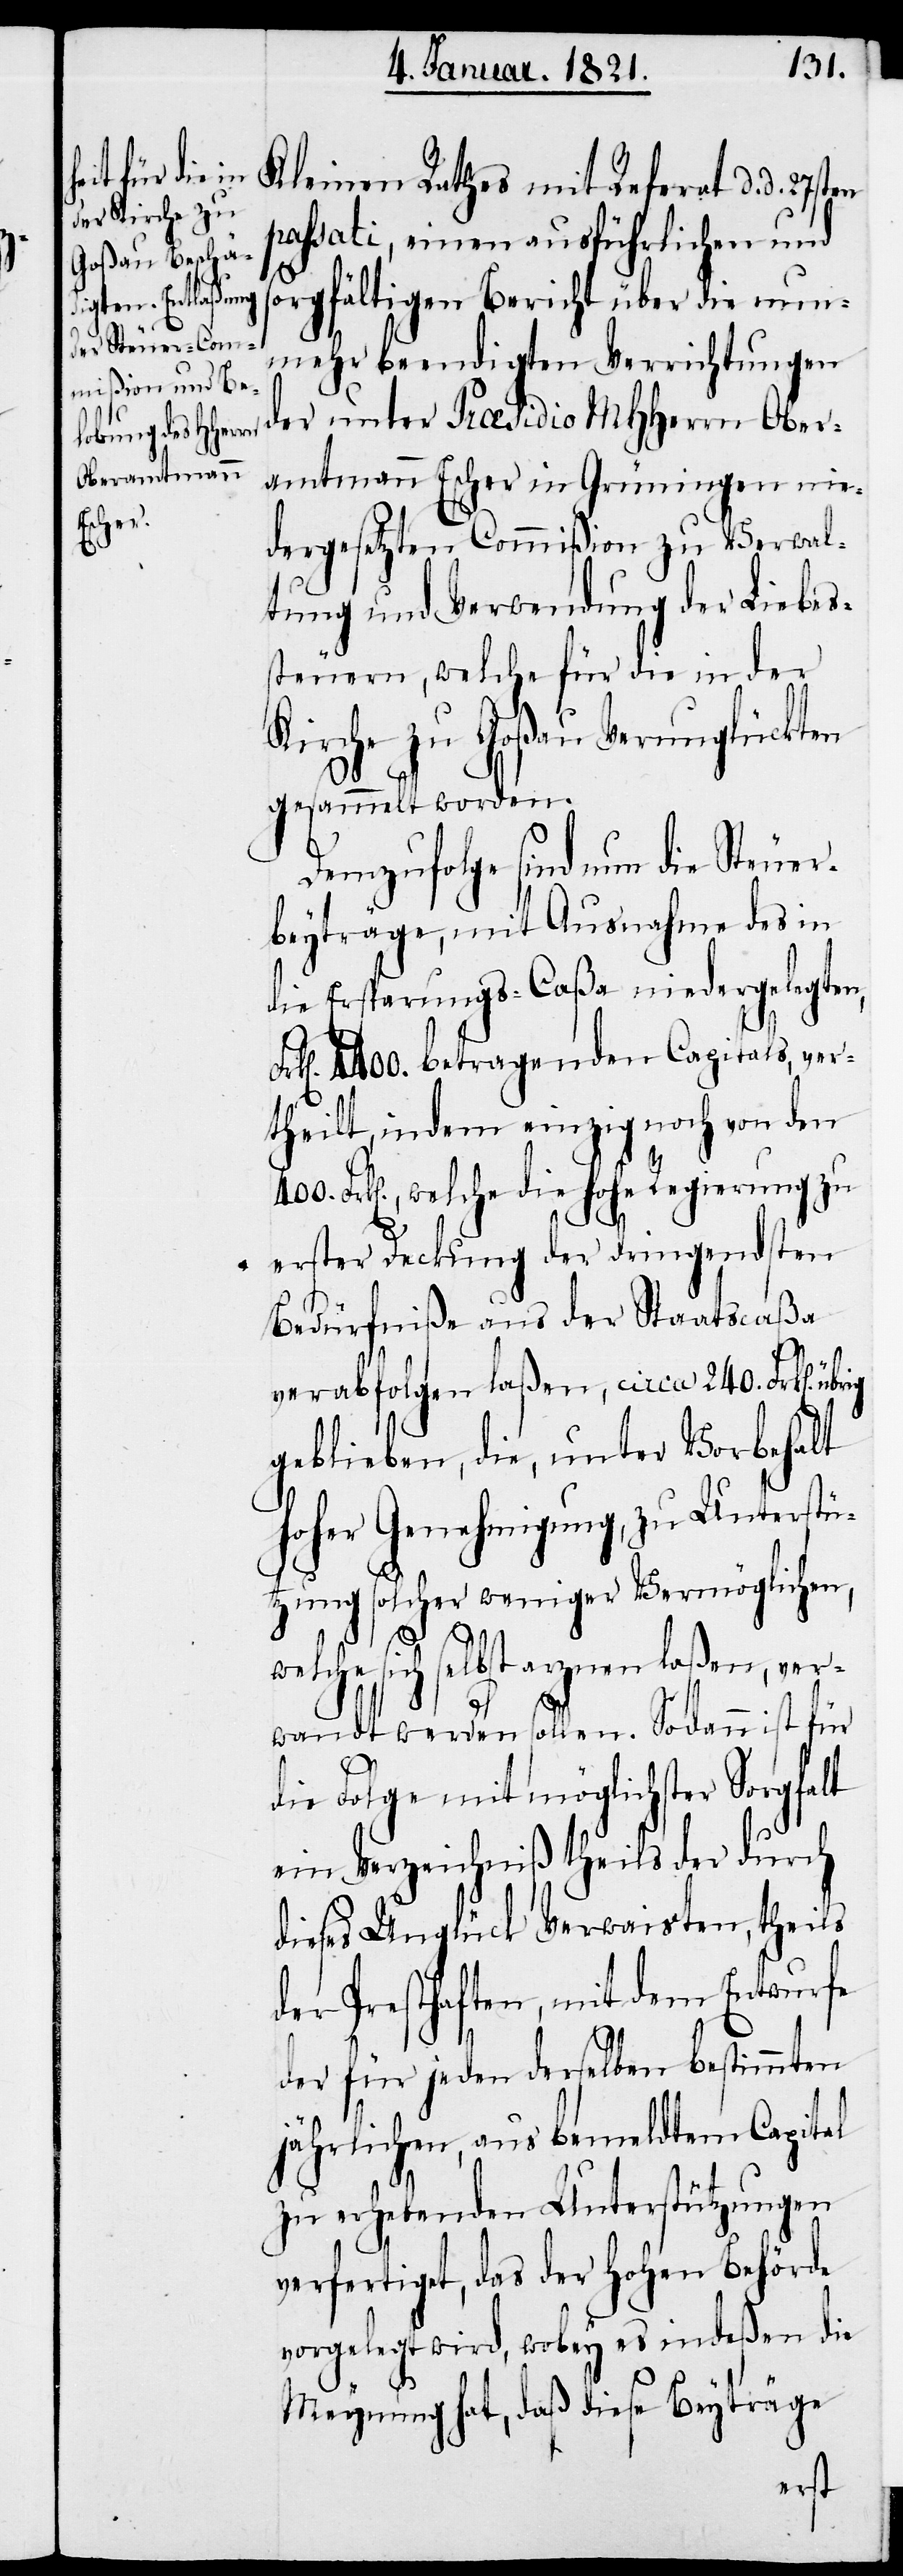
Kleinen Rathes mit Referat d. d. 27sten
passati, einen ausführlichen und
sorgfältigen Bericht über die nun¬
mehr beendigten Verrichtungen
der unter Præsidio MHHerrn Ober¬
amtmann Escher in Grüningen nie¬
dergesetzten Commißion zu Verwal¬
tung und Verwendung der Liebes¬
steuern, welche für die in der
Kirche zu Goßau Verunglückten
wel¬
gesammelt worden.
Demzufolge sind nun die Steuer¬
beyträge, mit Ausnahme des in
die Ersparungs-Caßa niedergelegten,
Frk[en]. 4400. betragenden Capitals, ver¬
theilt, indem einzig noch von den
Frk[en]., welche die hohe Regierung zu
erster Deckung der dringendsten
Bedürfniße aus der Staatscaßa
verabfolgen laßen, circa 240. Frk[en].
geblieben, die, unter Vorbehalt
hoher Genehmigung, zu Unterstü¬
tzung solcher weniger Vermöglichen,
che sich selbst arznen laßen, ver¬
wandt werden sollen. Sodann ist für
die Folge mit möglichster Sorgfalt
ein Verzeichniß theils der durch
dieses Unglück Verwaisten, theils
der Presthaften, mit dem Entwurfe
der für jeden derselben bestimmten
jährlichen, aus bemeldten Capital
zu erhebenden Unterstützungen
verfertiget, das der hohen Behörde
vorgelegt wird, wobey es indeßen die
Meynung hat, daß diese Beyträge